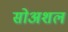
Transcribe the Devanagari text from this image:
सोअशल